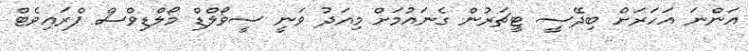
އަންނަ އަހަރަށް ބިދޭސީ ޓީޗަރުން ގެނައުމަށް މިއަދު ވަނީ ސީވޯލްޑް މޯލްޑިވްސް ޕްރައިވެޓް